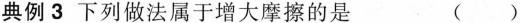
典例3 下列做法属于增大摩擦的是 （）